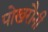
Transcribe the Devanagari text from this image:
पोखरौनी